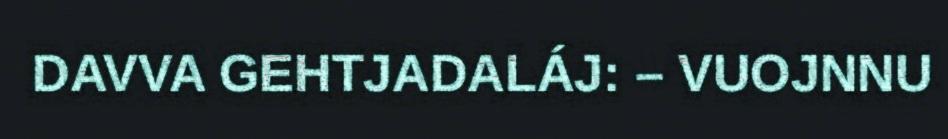
DAVVA GEHTJADALÁJ: – VUOJNNU